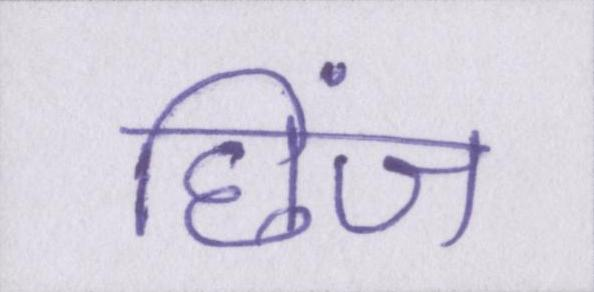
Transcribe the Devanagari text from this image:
छिंज